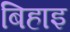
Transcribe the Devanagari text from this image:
बिहाइ